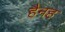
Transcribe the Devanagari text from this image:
हैनह